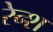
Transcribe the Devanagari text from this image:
रेन्श